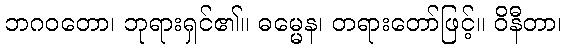
ဘဂဝတော၊ ဘုရားရှင်၏။ ဓမ္မေန၊ တရားတော်ဖြင့်။ ဝိနီတာ၊